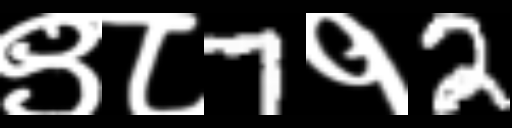
Text: ९८7१2